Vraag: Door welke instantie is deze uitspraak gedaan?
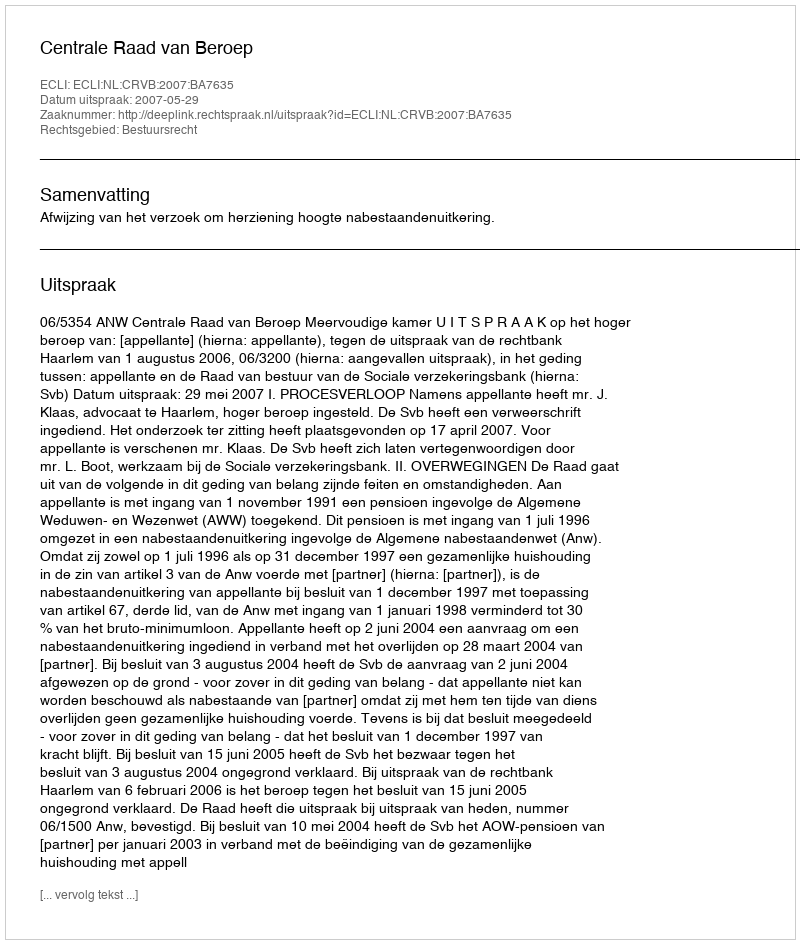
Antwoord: Centrale Raad van Beroep